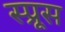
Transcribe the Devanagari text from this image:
स्‍प्रूस